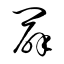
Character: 闢